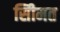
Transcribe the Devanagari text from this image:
सीिमत